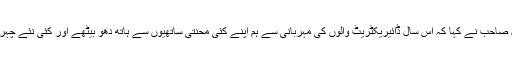
اختتام نشست میں پرنسپل صاحب نے کہا کہ اس سال ڈائیریکٹریٹ والوں کی مہربانی سے ہم اپنے کئی محنتی ساتھیوں سے ہاتھ دھو بیٹھے اور کئی نئے چہرے دیکھنے کو ملے ہیں۔